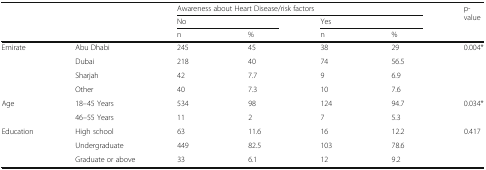
| <ROWSPAN=3-COLSPAN=2>  | <COLSPAN=4> Awareness about Heart Disease/risk factors | <ROWSPAN=3> p-value |
 | <COLSPAN=2> No | <COLSPAN=2> Yes |
 | n | % | n | % |
 | --- | --- | --- | --- | --- | --- | --- |
 | <ROWSPAN=4> Emirate | Abu Dhabi | 245 | 45 | 38 | 29 | <ROWSPAN=4> 0.004* |
 | Dubai | 218 | 40 | 74 | 56.5 |
 | Sharjah | 42 | 7.7 | 9 | 6.9 |
 | Other | 40 | 7.3 | 10 | 7.6 |
 | <ROWSPAN=2> Age | 18–45 Years | 534 | 98 | 124 | 94.7 | <ROWSPAN=2> 0.034* |
 | 46–55 Years | 11 | 2 | 7 | 5.3 |
 | <ROWSPAN=3> Education | High school | 63 | 11.6 | 16 | 12.2 | <ROWSPAN=3> 0.417 |
 | Undergraduate | 449 | 82.5 | 103 | 78.6 |
 | Graduate or above | 33 | 6.1 | 12 | 9.2 |